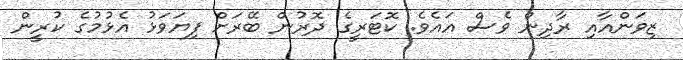
ޒިވަންއާއި ރާދިން ވެސް އައެވެ. ކޮޓަރީގެ ދޮރުން ބޭރަށް ފިޔަވަޅު އެޅުމުގެ ކުރީން